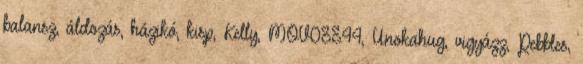
balansz, áldozás, házikó, kisp, Kelly, MOV08844, Unokahug, vigyázz, Pebbles,